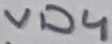
Text: VD4